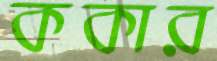
ককার